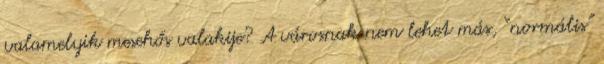
valamelyik mesehős valakije? A városnak nem lehet más, “normális”